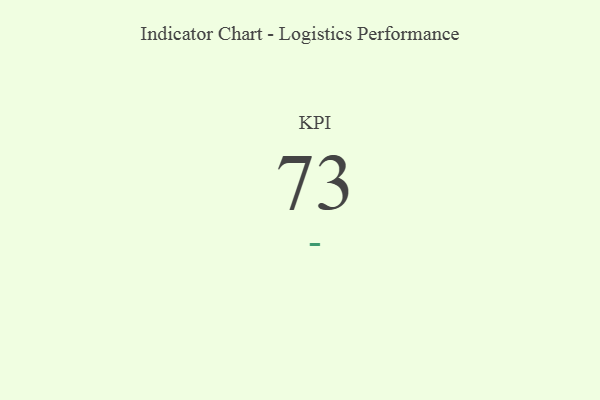
{"axis": {"x": "KPI", "y": "Value"}, "legend": [""], "data": [{"x": "KPI", "y": 73, "type": ""}]}